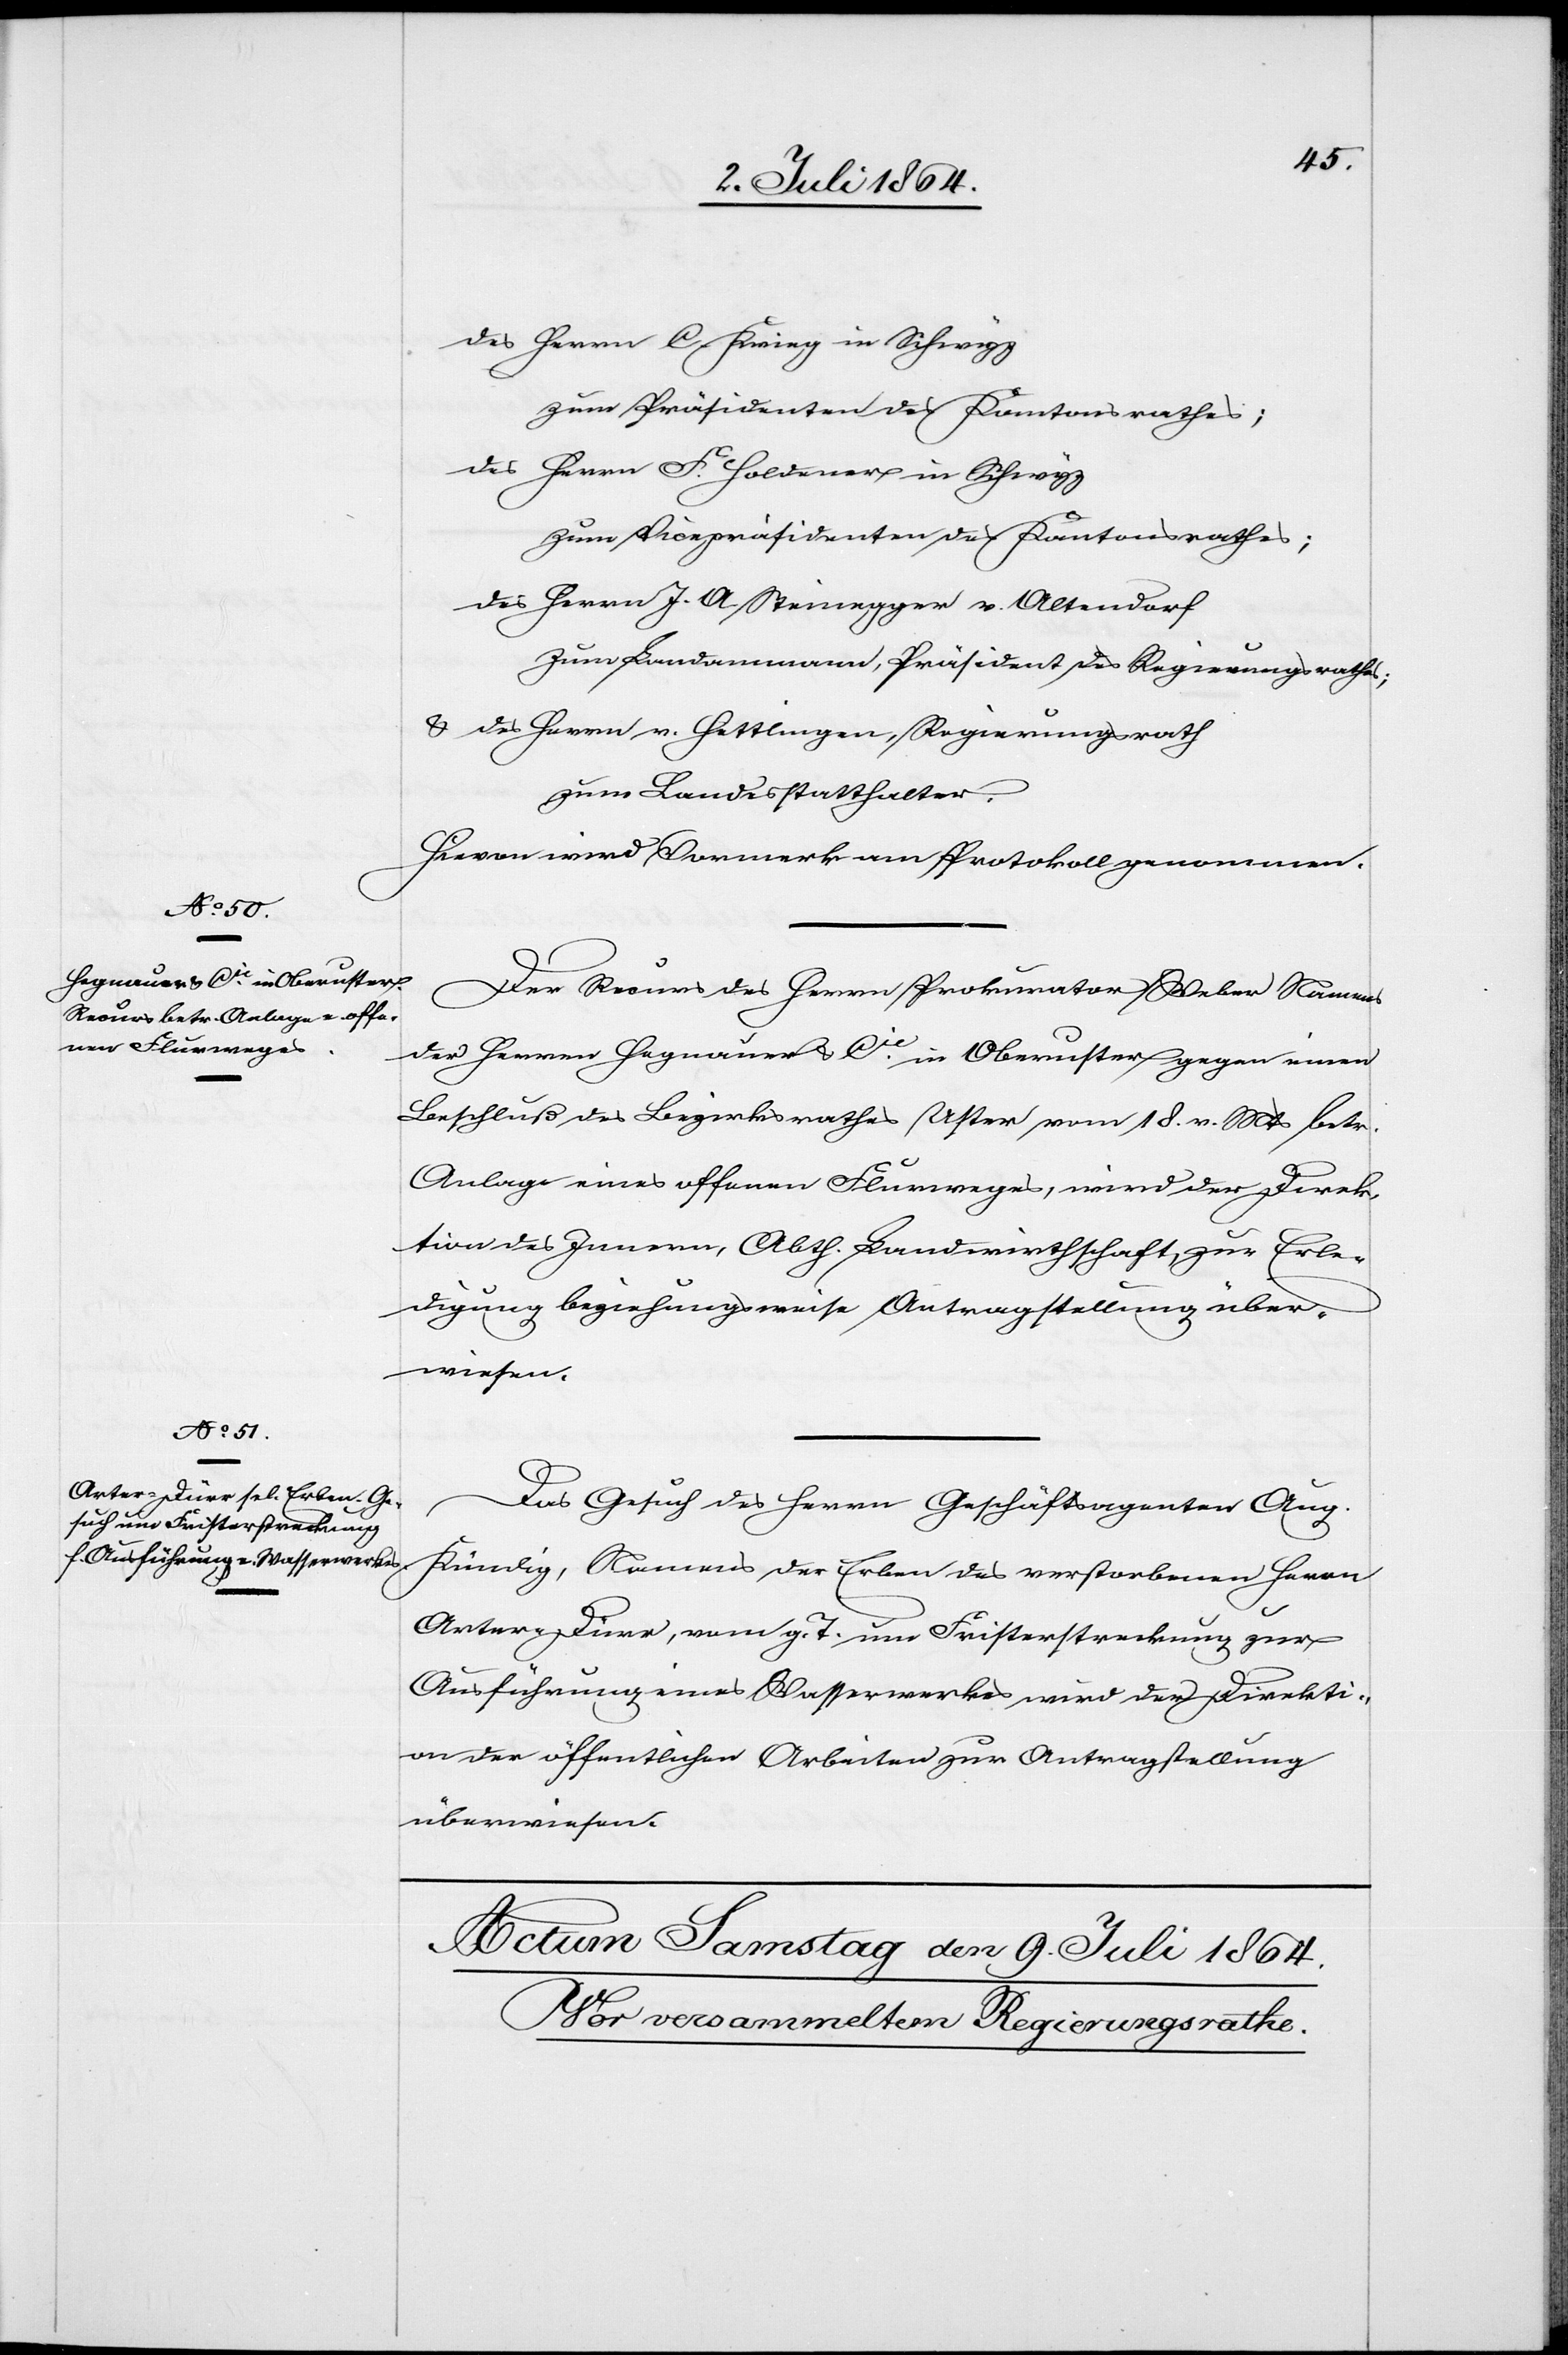
8. Juli 1864.]
des Herrn C. Krieg in Schwyz
zum Präsidenten des Kantonsrathes;
des Herrn F. Holdener in Schwyz
zum Vicepräsidenten des Kantonsrathes;
des Herrn J. A. Steinegger von Altendorf
zum Landammann, Präsident des Regierungsrathes;
u. des Herrn v. Hettlingen, Regierungsrath
zum Landesstatthalter.
Hievon wird Vormerk am Protokoll genommen.
Der Recurs des Herrn Prokurator Weber Namens
der Herren Hegnauer & Cie in Oberuster gegen einen
Beschluß des Bezirksrathes Uster vom 18. v. Mts. betr.
Anlage eines offenen Flurweges, wird der Direk¬
tion des Innern, Abth. Landwirthschaft, zur Erle¬
digung beziehungsweise Antragstellung über¬
wiesen.
Das Gesuch des Herrn Geschäftsagenten Aug.
Kündig, Namens der Erben des verstorbenen Herrn
Arter-Dürr, vom g. T. um Fristerstreckung zur
Ausführung eines Wasserwerkes wird der Direkti¬
on der öffentlichen Arbeiten zur Antragstellung
überwiesen.